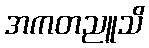
အကတညူသိ